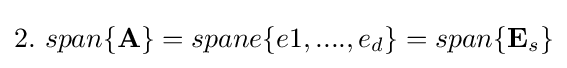
\textstyle 2.\ span\{\mathbf {A} \}=spane\{e1,....,e_{d}\}=span\{\mathbf {E} _{s}\}